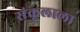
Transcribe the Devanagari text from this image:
संकूलाला